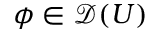
\phi \in { \mathcal { D } } ( U )